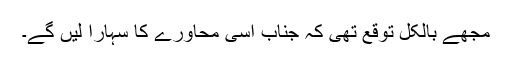
مجھے بالکل توقع تھی کہ جناب اسی محاورے کا سہارا لیں گے۔